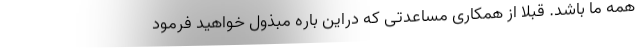
همه ما باشد. قبلا از همکاری مساعدتی که دراین باره مبذول خواهید فرمود